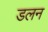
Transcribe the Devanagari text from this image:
डलन